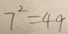
7 ^ { 2 } = 4 9